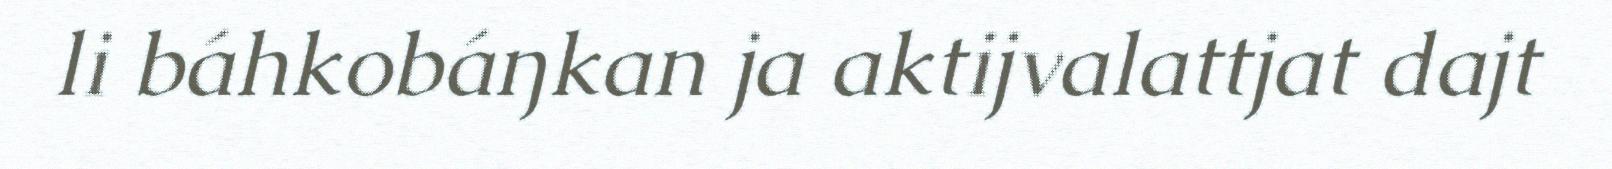
li báhkobáŋkan ja aktijvalattjat dajt